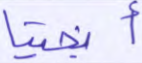
أنجينا